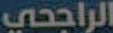
الراجحي